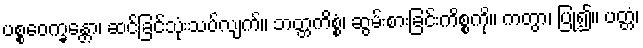
ပစ္စဝေက္ခန္တော၊ ဆင်ခြင်သုံးသပ်လျက်။ ဘတ္တကိစ္စံ၊ ဆွမ်းစားခြင်းကိစ္စကို။ ကတွာ၊ ပြု၍။ ပတ္တံ၊